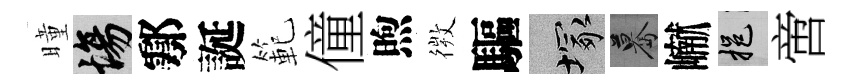
曈場鄠誕範僮煦𢕄驅塚驀𪩘挹啻